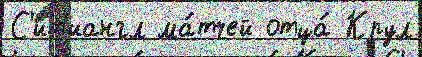
С'ит'иангл ма́тчей отца́ Крул